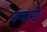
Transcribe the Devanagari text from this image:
रूकनी